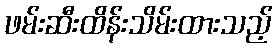
ဖမ်းဆီးထိန်းသိမ်းထားသည့်